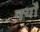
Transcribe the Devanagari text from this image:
क्याँ